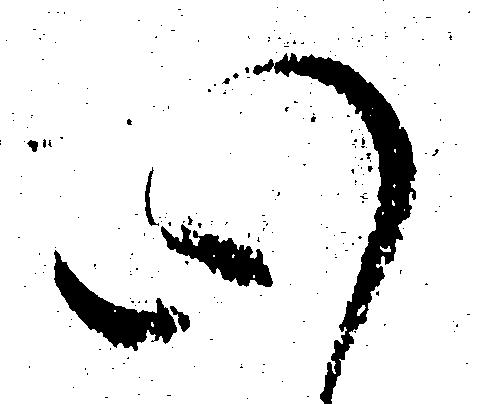
心